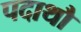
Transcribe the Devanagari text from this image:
पदाथौ